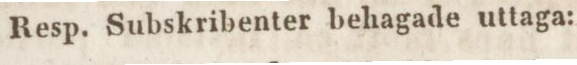
Resp. Subskribenter behagade uttaga: